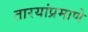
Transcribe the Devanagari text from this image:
तारयांप्रमाणे